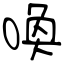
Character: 喚